Report of the Indian Hemp Drugs Commission, 1894-1895 - Volume III
Year: 1894
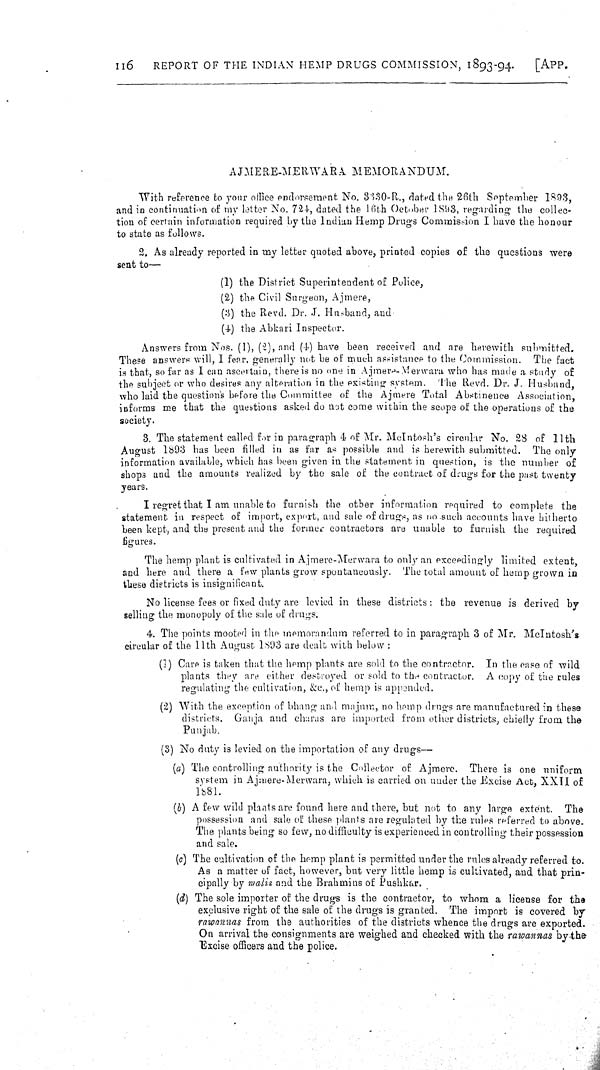
116
REPORT OF THE INDIAN HEMP DRUGS COMMISSION, 1893-94.
[APP.
AJMERE-MERWARA MEMORANDUM.
With reference to your office endorsement No. 3330-R., dated the 26th September 1893,
and in continuation of my letter No. 724, dated the 16th October 1893, regarding the collec-
tion of certain information required by the Indian Hemp Drugs Commission I have the honour
to state as follows.
2. As already reported in my letter quoted above, printed copies of the questions were
sent to—
(1) the District Superintendent of Police,
(2) the Civil Surgeon, Ajmere,
(3) the Revd. Dr. J. Husband, and
(4) the Abkari Inspector.
Answers from Nos. (1), (2), and (4) have been received and are herewith submitted.
These answers will, I fear, generally not be of much assistance to the Commission. The fact
is that, so far as I can ascertain, there is no one in Ajmere-Merwara who has made a study of
the subject or who desires any alteration in the existing system. The Revd. Dr. J. Husband,
who laid the questions before the Committee of the Ajmere Total Abstinence Association,
informs me that the questions asked do not come within the scope of the operations of the
society.
3. The statement called for in paragraph 4 of Mr. McIntosh's circular No. 28 of 11th
August 1893 has been filled in as far as possible and is herewith submitted. The only
information available, which has been given in the statement in question, is the number of
shops and the amounts realized by the sale of the contract of drugs for the past twenty
years.
I regret that I am unable to furnish the other information required to complete the
statement in respect of import, export, and sale of drugs, as no such accounts have hitherto
been kept, and the present and the former contractors are unable to furnish the required
figures.
The hemp plant is cultivated in Ajmere-Merwara to only an exceedingly limited extent,
and here and there a few plants grow spontaneously. The total amount of hemp grown in
these districts is insignificant.
No license fees or fixed duty are levied in these districts: the revenue is derived by
selling the monopoly of the sale of drugs.
4. The points mooted in the memorandum referred to in paragraph 3 of Mr. McIntosh's
circular of the 11th August 1893 are dealt with below:
(1) Care is taken that the hemp plants are sold to the contractor. In the case of wild
plants they are either destroyed or sold to the contractor. A copy of the rules
regulating the cultivation, &c., of hemp is appended.
(2) With the exception of bhang and majam, no hemp drugs are manufactured in these
districts. Ganja and charas are imported from other districts, chiefly from the
Punjab.
(3) No duty is levied on the importation of any drugs—
(a) The controlling authority is the Collector of Ajmere. There is one uniform
system in Ajmere-Merwara, which is carried on under the Excise Act, XXII of
1881.
(b) A few wild plants are found here and there, but not to any large extent. The
possession and sale of these plants are regulated by the rules referred to above.
The plants being so few, no difficulty is experienced in controlling their possession
and sale.
(c) The cultivation of the hemp plant is permitted under the rules already referred to.
As a matter of fact, however, but very little hemp is cultivated, and that prin-
cipally by malis and the Brahmins of Pushkar.
(d) The sole importer of the drugs is the contractor, to whom a license for the
exclusive right of the sale of the drugs is granted. The import is covered by
rawannas from the authorities of the districts whence the drugs are exported.
On arrival the consignments are weighed and checked with the rawannas by the
Excise officers and the police.